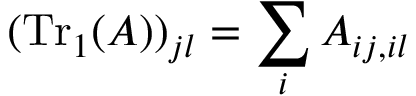
( \mathrm { T r } _ { 1 } ( A ) ) _ { j l } = \sum _ { i } A _ { i j , i l }